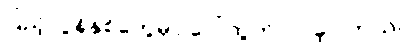
ပြည့်လွန်နှစ်တွေမှာ ပေါ်ထွက်လာခဲ့ပါတယ်။